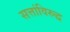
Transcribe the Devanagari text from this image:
सत्तांविरुद्ध